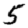
Digit: 5